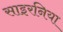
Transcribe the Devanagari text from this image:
साइरनिया